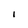
Character: I